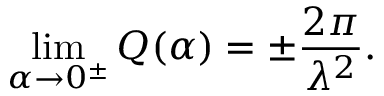
\operatorname * { l i m } _ { \alpha \rightarrow 0 ^ { \pm } } Q ( \alpha ) = \pm \frac { 2 \pi } { \lambda ^ { 2 } } .